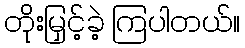
တိုးမြှင့်ခဲ့ ကြပါတယ်။